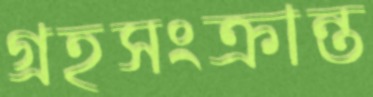
গ্রহসংক্রান্ত